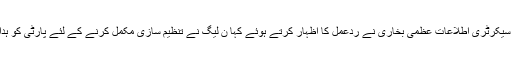
مسلم لیگ ن پنجاب کی سیکرٹری اطلاعات عظمی بخاری نے ردعمل کا اظہار کرتے ہوئے کہا ن لیگ نے تنظیم سازی مکمل کرنے کے لئے پارٹی کو ہدایات جاری کر دی ہیں۔